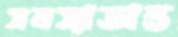
সমস্যাক্রান্ত